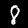
Digit: 8